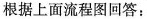
根据上面流程图回答：